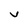
Character: v